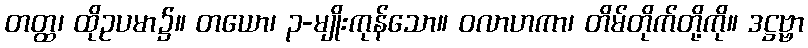
တတ္ထ၊ ထိုဥပမာ၌။ တယော၊ ၃-မျိုးကုန်သော။ ဝလာဟကာ၊ တိမ်တိုက်တို့ကို။ ဒဋ္ဌဗ္ဗာ